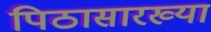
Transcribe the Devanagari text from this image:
पिठासारख्या